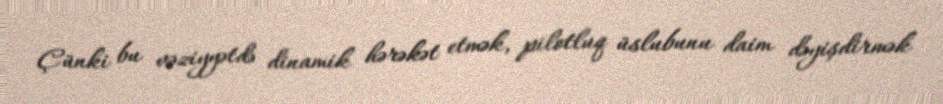
Çünki bu vəziyyətdə dinamik hərəkət etmək, pilotluq üslubunu daim dəyişdirmək